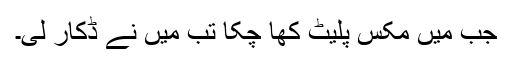
جب میں مکس پلیٹ کھا چکا تب میں نے ڈکار لی۔